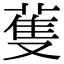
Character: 蒦